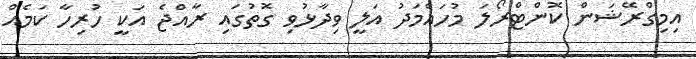
އިމިގްރޭޝަން ކޮންޓްރޯލަ މުހައްމަދު އަލީ ވިދާޅުވި ގޮތުގައި ރާއްޖެ އަކީ ހުރިހާ ކަމެއް